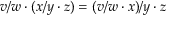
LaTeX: v / w \cdot ( x / y \cdot z ) = ( v / w \cdot x ) / y \cdot z